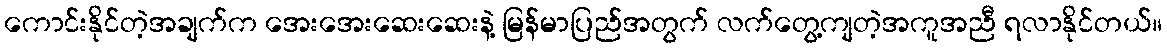
ကောင်းနိုင်တဲ့အချက်က အေးအေးဆေးဆေးနဲ့ မြန်မာပြည်အတွက် လက်တွေ့ကျတဲ့အကူအညီ ရလာနိုင်တယ်။